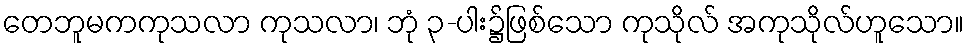
တေဘူမကကုသလာ ကုသလာ၊ ဘုံ ၃-ပါး၌ဖြစ်သော ကုသိုလ် အကုသိုလ်ဟူသော။